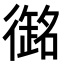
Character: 𭜇